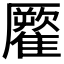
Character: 𩀾